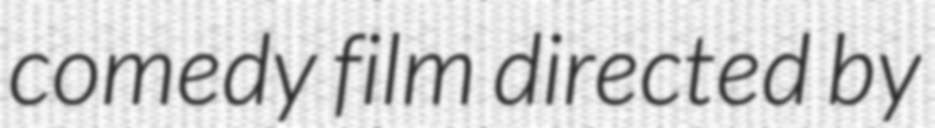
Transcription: comedy film directed by